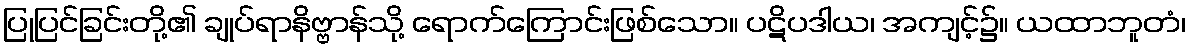
ပြုပြင်ခြင်းတို့၏ ချုပ်ရာနိဗ္ဗာန်သို့ ရောက်ကြောင်းဖြစ်သော။ ပဋိပဒါယ၊ အကျင့်၌။ ယထာဘူတံ၊